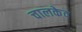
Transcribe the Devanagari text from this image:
चालकेव